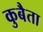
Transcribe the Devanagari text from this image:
कुबैता